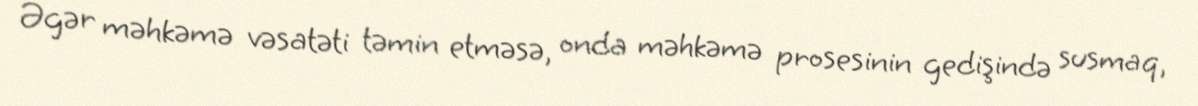
Əgər məhkəmə vəsatəti təmin etməsə, onda məhkəmə prosesinin gedişində susmaq,